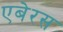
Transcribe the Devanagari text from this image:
एबेरस